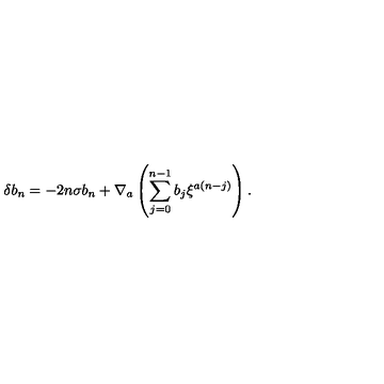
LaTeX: \delta b _ { n } = - 2 n \sigma b _ { n } + \nabla _ { a } \left( \sum _ { j = 0 } ^ { n - 1 } b _ { j } \xi ^ { a ( n - j ) } \right) .